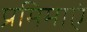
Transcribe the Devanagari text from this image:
प्रमिमाएं